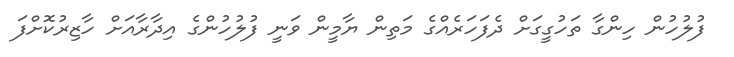
ފުލުހުން ހިންގާ ތަހުގީގަށް ދެފަހަރެއްގެ މަތިން ޔާމީން ވަނީ ފުލުހުންގެ އިދާރާއަށް ހާޒިރުކޮށްފަ